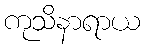
ကုသိနာရာယ